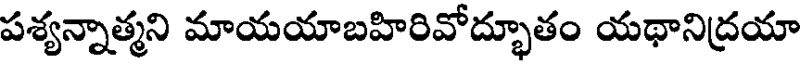
పశ్యన్నాత్మని మాయయాబహిరివోద్భూతం యథానిద్రయా